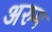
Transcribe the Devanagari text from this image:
अरुम